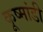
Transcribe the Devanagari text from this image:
कूष्मांडी